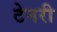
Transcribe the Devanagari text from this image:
टेनरी